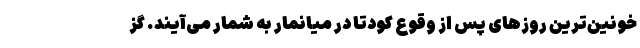
خونین‌ترین روزهای پس از وقوع کودتا در میانمار به شمار می‌آیند. گز